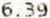
6.39